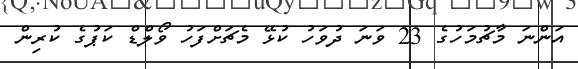
އަންނަ މާޗުމަހުގެ 23 ވަނަ ދުވަހު ކުޅޭ މެޗަށްފަހު ވޯލްޑް ކަޕުގެ ކުރިން